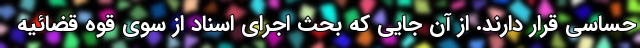
حساسی قرار دارند. از آن جایی که بحث اجرای اسناد از سوی قوه قضائیه